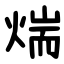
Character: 煓